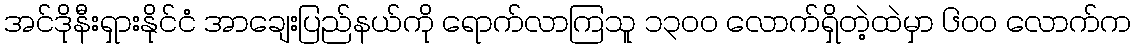
အင်ဒိုနီးရှားနိုင်ငံ အာချေးပြည်နယ်ကို ရောက်လာကြသူ ၁၃ဝဝ လောက်ရှိတဲ့ထဲမှာ ၆ဝဝ လောက်က